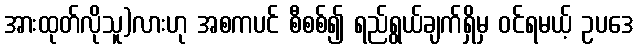
အားထုတ်လိုသူ)လားဟု အစကပင် စီစစ်၍ ရည်ရွယ်ချက်ရှိမှ ဝင်ရမယ့် ဥပဒေ